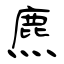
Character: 麃